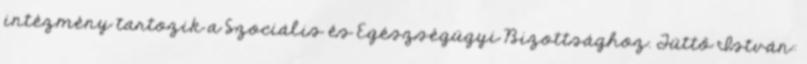
intézmény tartozik a Szociális és Egészségügyi Bizottsághoz. Tüttő István: